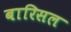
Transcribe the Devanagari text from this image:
बारिसल